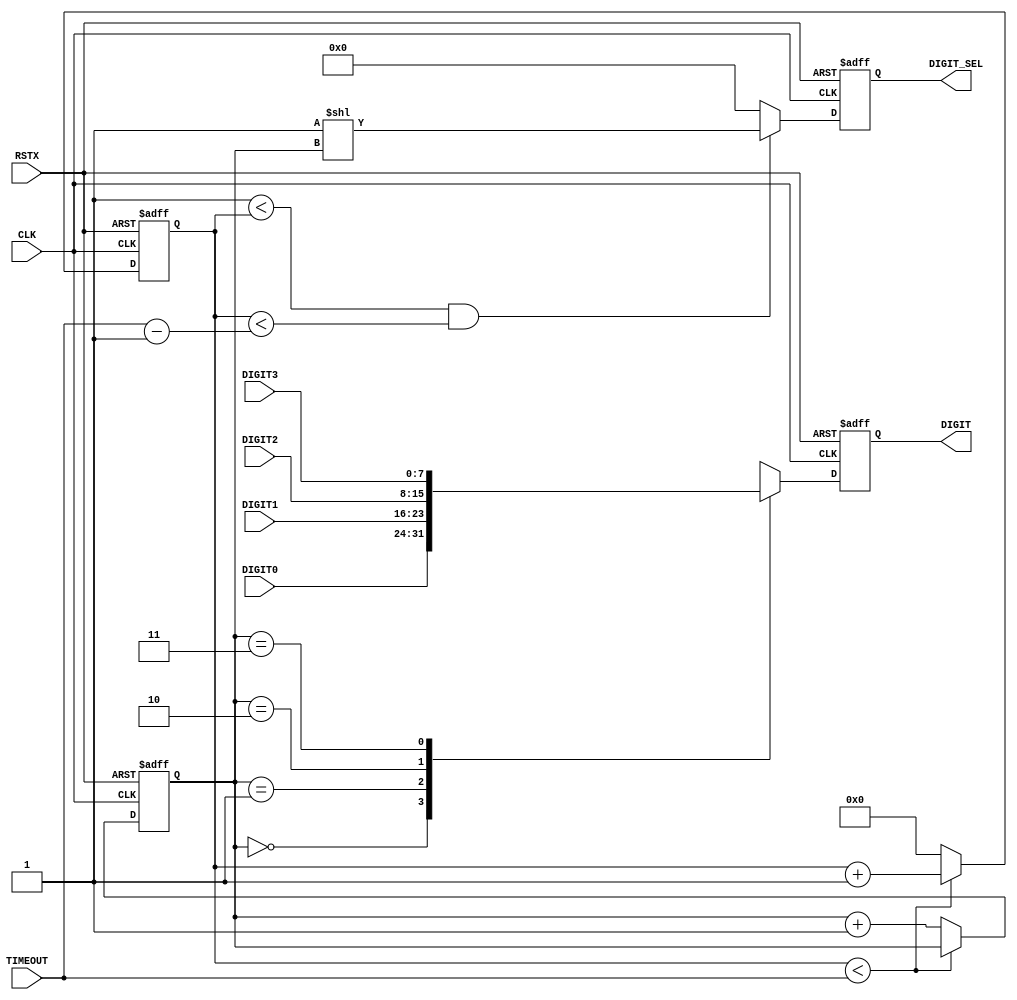
module blink_7seg #(parameter BW='d8) (
 input               RSTX,
 input               CLK,
 input      [BW-1:0] TIMEOUT,
 input      [   7:0] DIGIT0,
 input      [   7:0] DIGIT1,
 input      [   7:0] DIGIT2,
 input      [   7:0] DIGIT3,
 output reg [   7:0] DIGIT,
 output reg [   3:0] DIGIT_SEL
);

reg [BW-1:0] cnt_0;
wire cnting_0 = cnt_0 < TIMEOUT;
always @(posedge CLK or negedge RSTX)
  if (!RSTX)         cnt_0 <= {BW{1'b0}};
  else if (cnting_0) cnt_0 <= cnt_0 + {{(BW-1){1'b0}}, 1'b1};
  else               cnt_0 <= {BW{1'b0}};

reg [1:0] cnt_1;
always @(posedge CLK or negedge RSTX)
  if (!RSTX)          cnt_1 <= 2'd0;
  else if (!cnting_0) cnt_1 <= cnt_1 + 2'd1;

always @(posedge CLK or negedge RSTX)
  if (!RSTX) DIGIT <= ~8'd0;
  else
    case (cnt_1)
    2'd0   : DIGIT <= DIGIT0;
    2'd1   : DIGIT <= DIGIT1;
    2'd2   : DIGIT <= DIGIT2;
    2'd3   : DIGIT <= DIGIT3;
    default: DIGIT <= 8'dx;
    endcase

always @(posedge CLK or negedge RSTX)
  if (!RSTX)
    DIGIT_SEL <= 2'd0;
  else if ( {{(BW-1){1'b0}}, 1'b1} < cnt_0
         && cnt_0 < TIMEOUT - {{(BW-1){1'b0}}, 1'b1})
    DIGIT_SEL <= 4'h1 << cnt_1;
  else
    DIGIT_SEL <= 4'h0;

endmodule